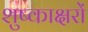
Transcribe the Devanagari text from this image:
शुष्काक्षरों